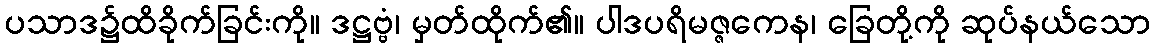
ပသာဒ၌ထိခိုက်ခြင်းကို။ ဒဋ္ဌဗ္ဗံ၊ မှတ်ထိုက်၏။ ပါဒပရိမဇ္ဇကေန၊ ခြေတို့ကို ဆုပ်နယ်သော